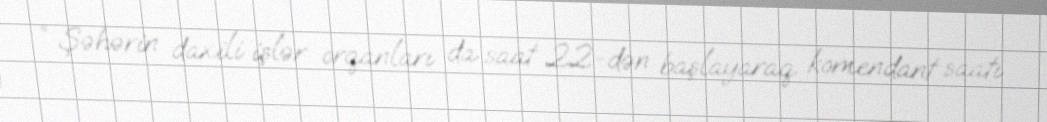
” Şəhərin daxili işlər orqanları da saat 22-dən başlayaraq komendant saatı